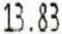
13.83